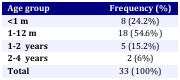
<table><thead><tr><td><b>Age group</b></td><td><b>Frequency (%)</b></td></tr></thead><tbody><tr><td><b>&lt;1 m</b></td><td>8 (24.2%)</td></tr><tr><td><b>1-12 m</b></td><td>18 (54.6%)</td></tr><tr><td><b>1-2 years</b></td><td>5 (15.2%)</td></tr><tr><td><b>2-4 years</b></td><td>2 (6%)</td></tr><tr><td><b>Total</b></td><td>33 (100%)</td></tr></tbody></table>